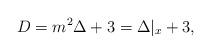
LaTeX: \begin{align*}D = m^2\Delta + 3 = \Delta\vert_x + 3,\end{align*}